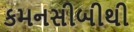
કમનસીબીથી